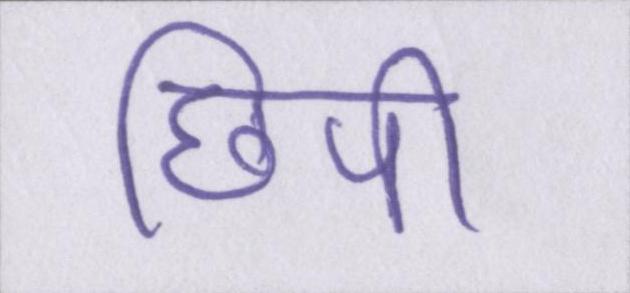
छिपी